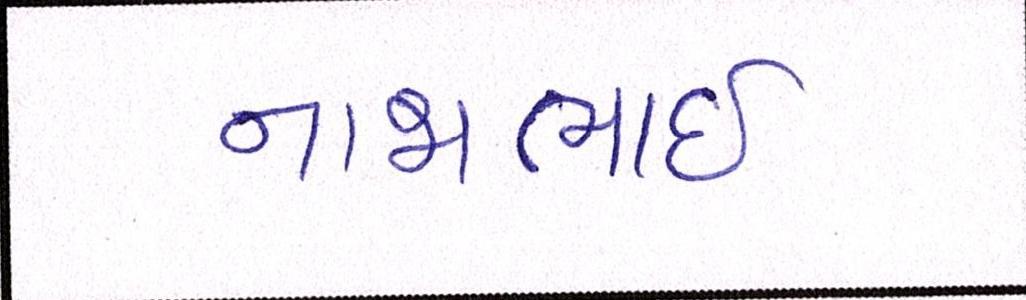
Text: નાજાભાઇ